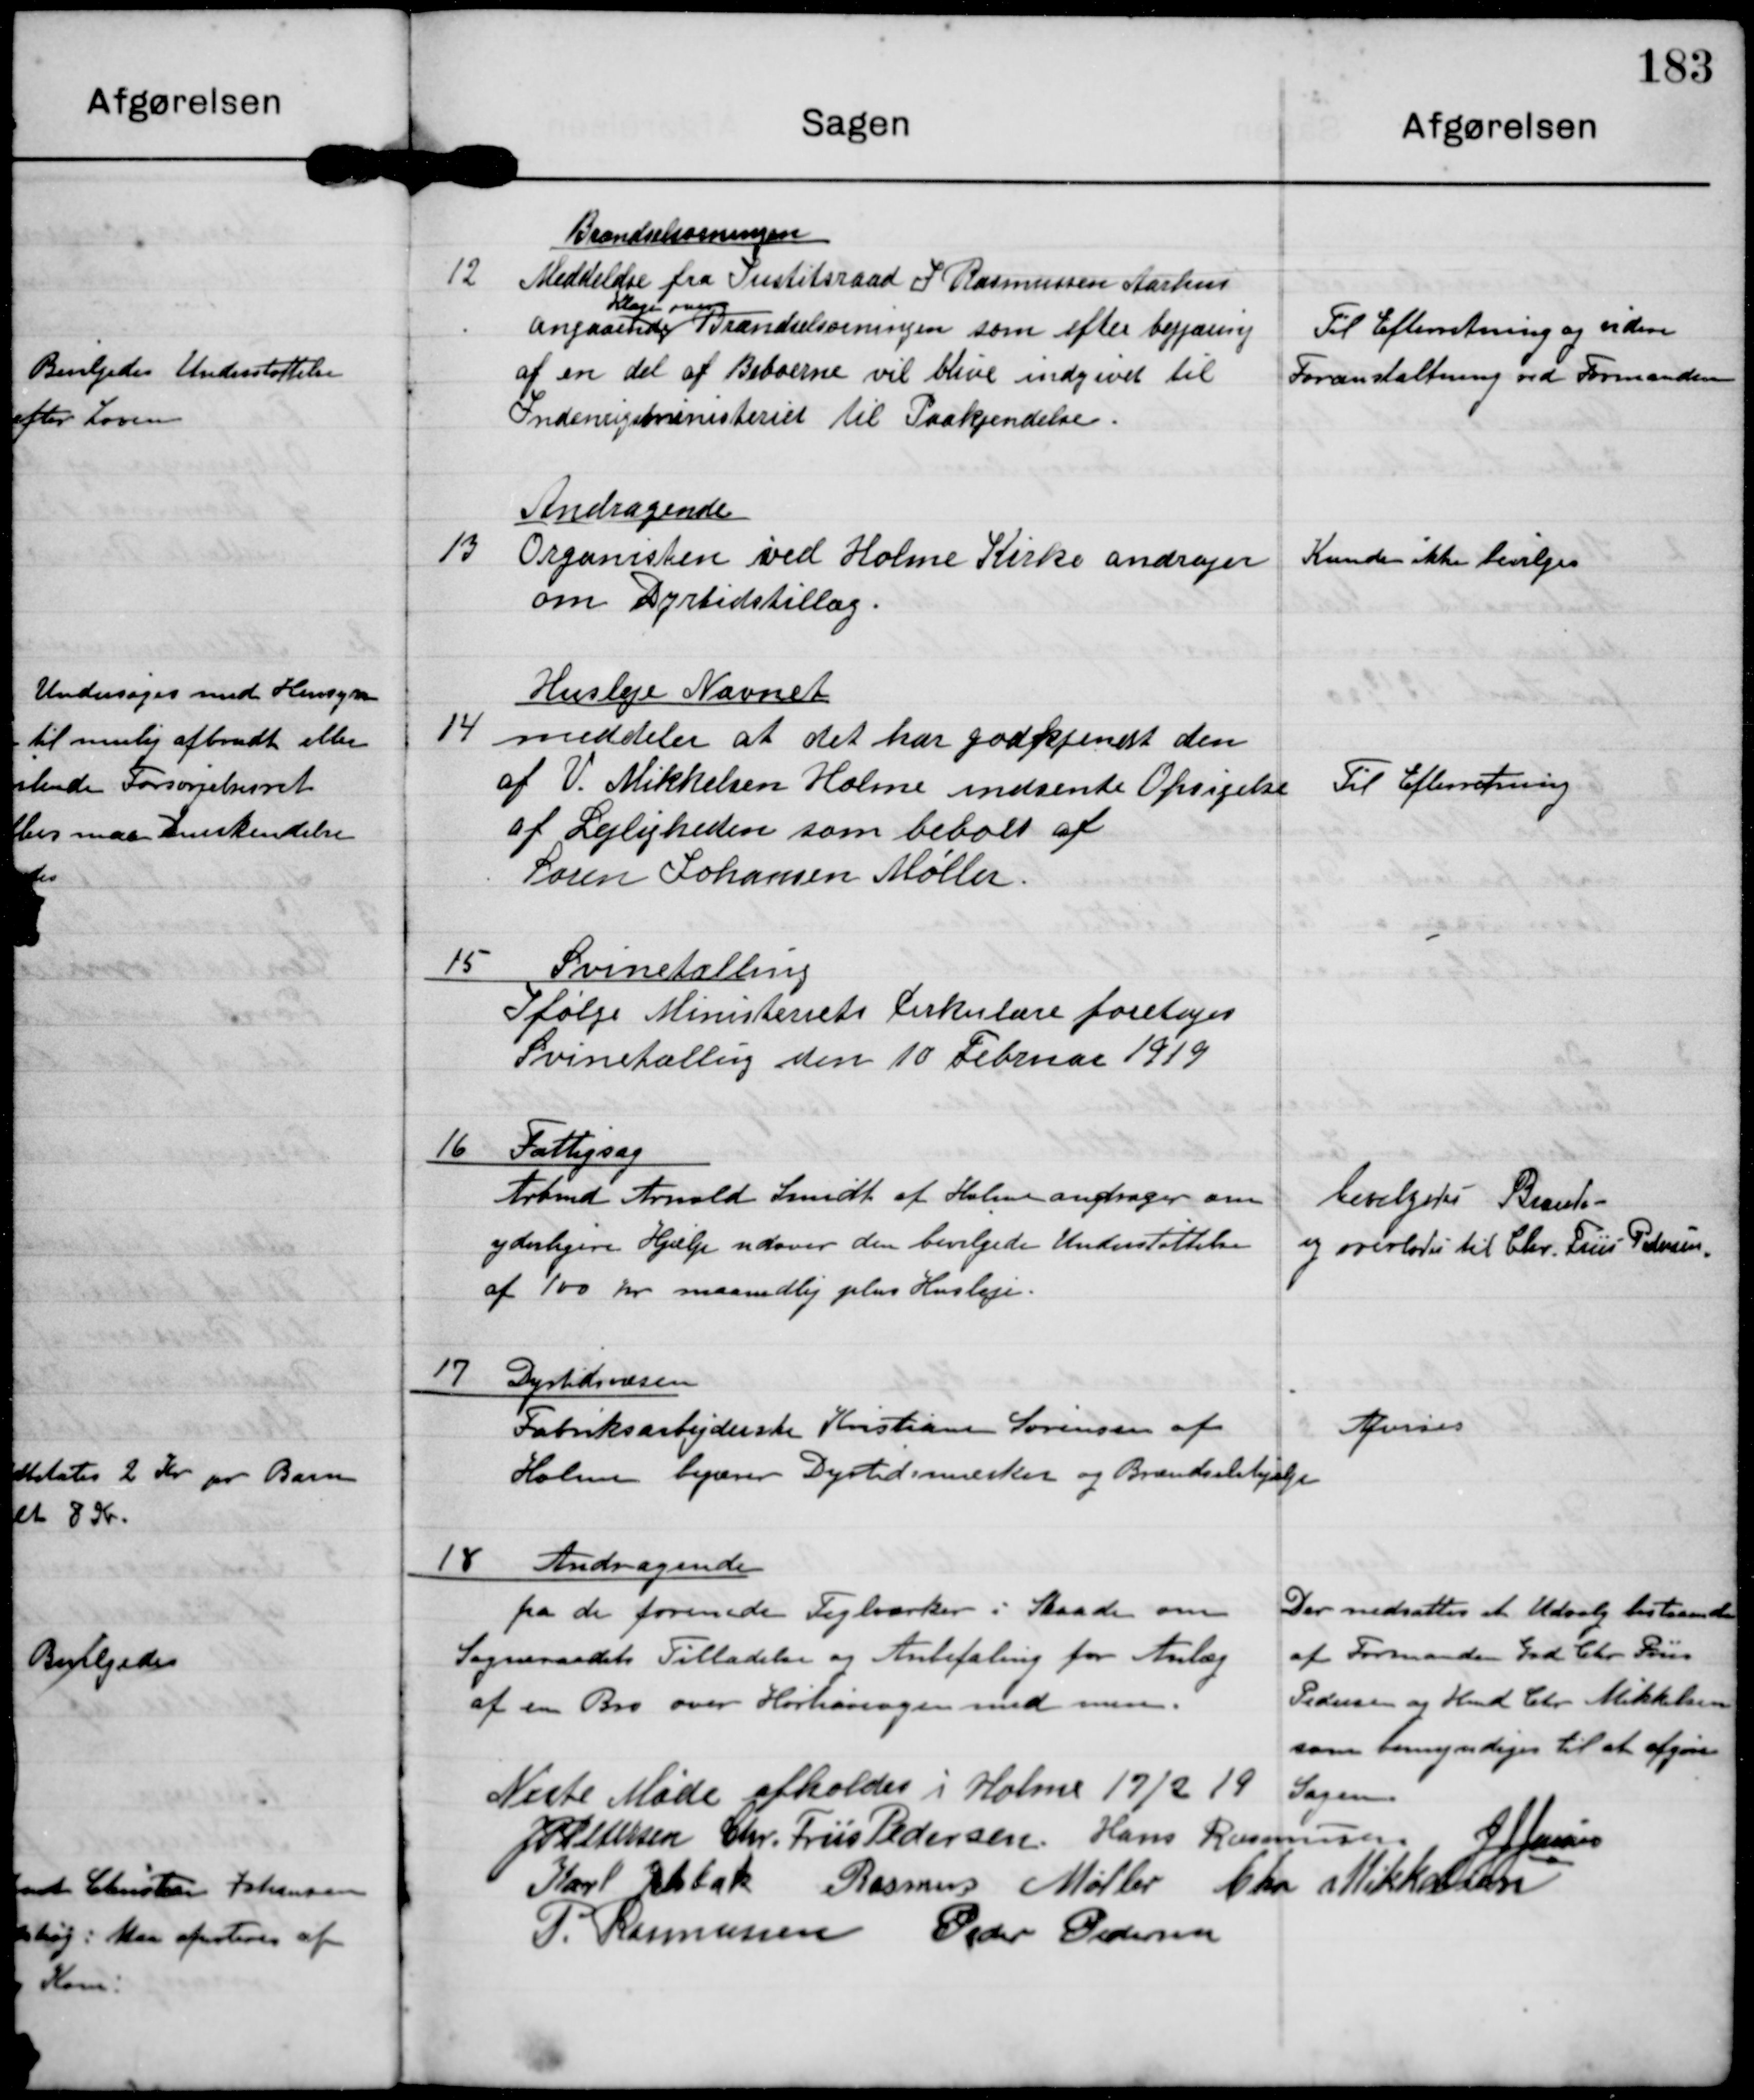
Transskription:
12

Brændselsorningen
Meddelelse fra Justitsraad J Rasmussen Aarhus
klager over
angaaende Brændselsorningen som efter begjæring
af en del af Beboerne vil blive indgivet til
Indenrigsministeriet til Paakjendelse

Til Efterretning og videre
Foranstaltning ved Formanden

13

Andragende
Organisten ved Holme Kirke andrager
om Dyrtidstillæg.

Kunde ikke bevilges

14

Husleje Nævnet
meddeler at deet har godkjendt den
af V. Mikkelsen Holme indsente Opsigelse
af Lejligheden som beboet af
Søren Johansen Møller

Til Efterretning

15 Svinetælling
Ifølge Ministeriets Cirkulære foretoges
Svinetælling den 10 Februar 1919

16 Fattigsag
Arbmd Arnold Smidt af Holme andrager om
yderligere Hjælp udover den bevilgede Understøttelse
af 100 Kr maanedlig plus Husleje.

bevilgedes Brænde
og overlades til Chr. Friis Pedersen

17 Dyrtidsvæsen
Fabriksarbejderske Kristiane Sørensen af
Holme begærer Dyrtidsmærker og Brændselshjælp

Afvises

18 Andragende
fra de forenede Teglværker i Skaade om
Sogneraadets Tilladelse og Anbefaling for Anlæg
af en Bro over Hørhavevejen med mere.

Der nedsattes et Udvalg bestaaende
af Formanden Grd Chr. Friis
Pedersen og Hmd. Chr. Mikkelsen
som bemyndiges til at afgøre
Sagen

Næste Møde afholdes i Holme 17/2 19

J P Pedersen

Chr. Friis Pedersen

Hans Rasmussen

J J Jensen

Karl Jelsbak

Rasmus Møller

Chr. Mikkelsen

P. Rasmussen

Peder Pedersen